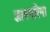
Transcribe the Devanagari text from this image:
ज्ञानगरिमा